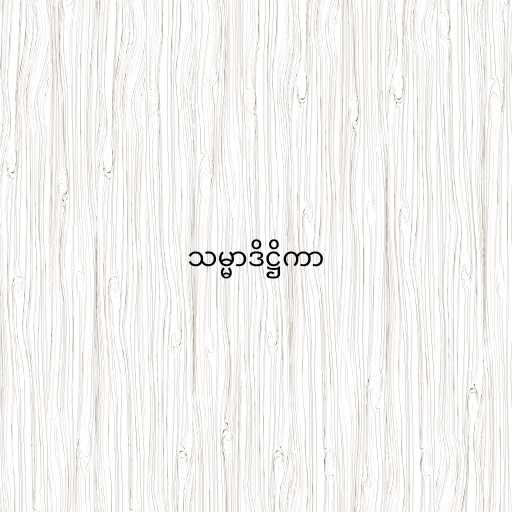
သမ္မာဒိဋ္ဌိကာ